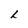
Character: L